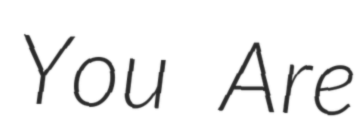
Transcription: You Are